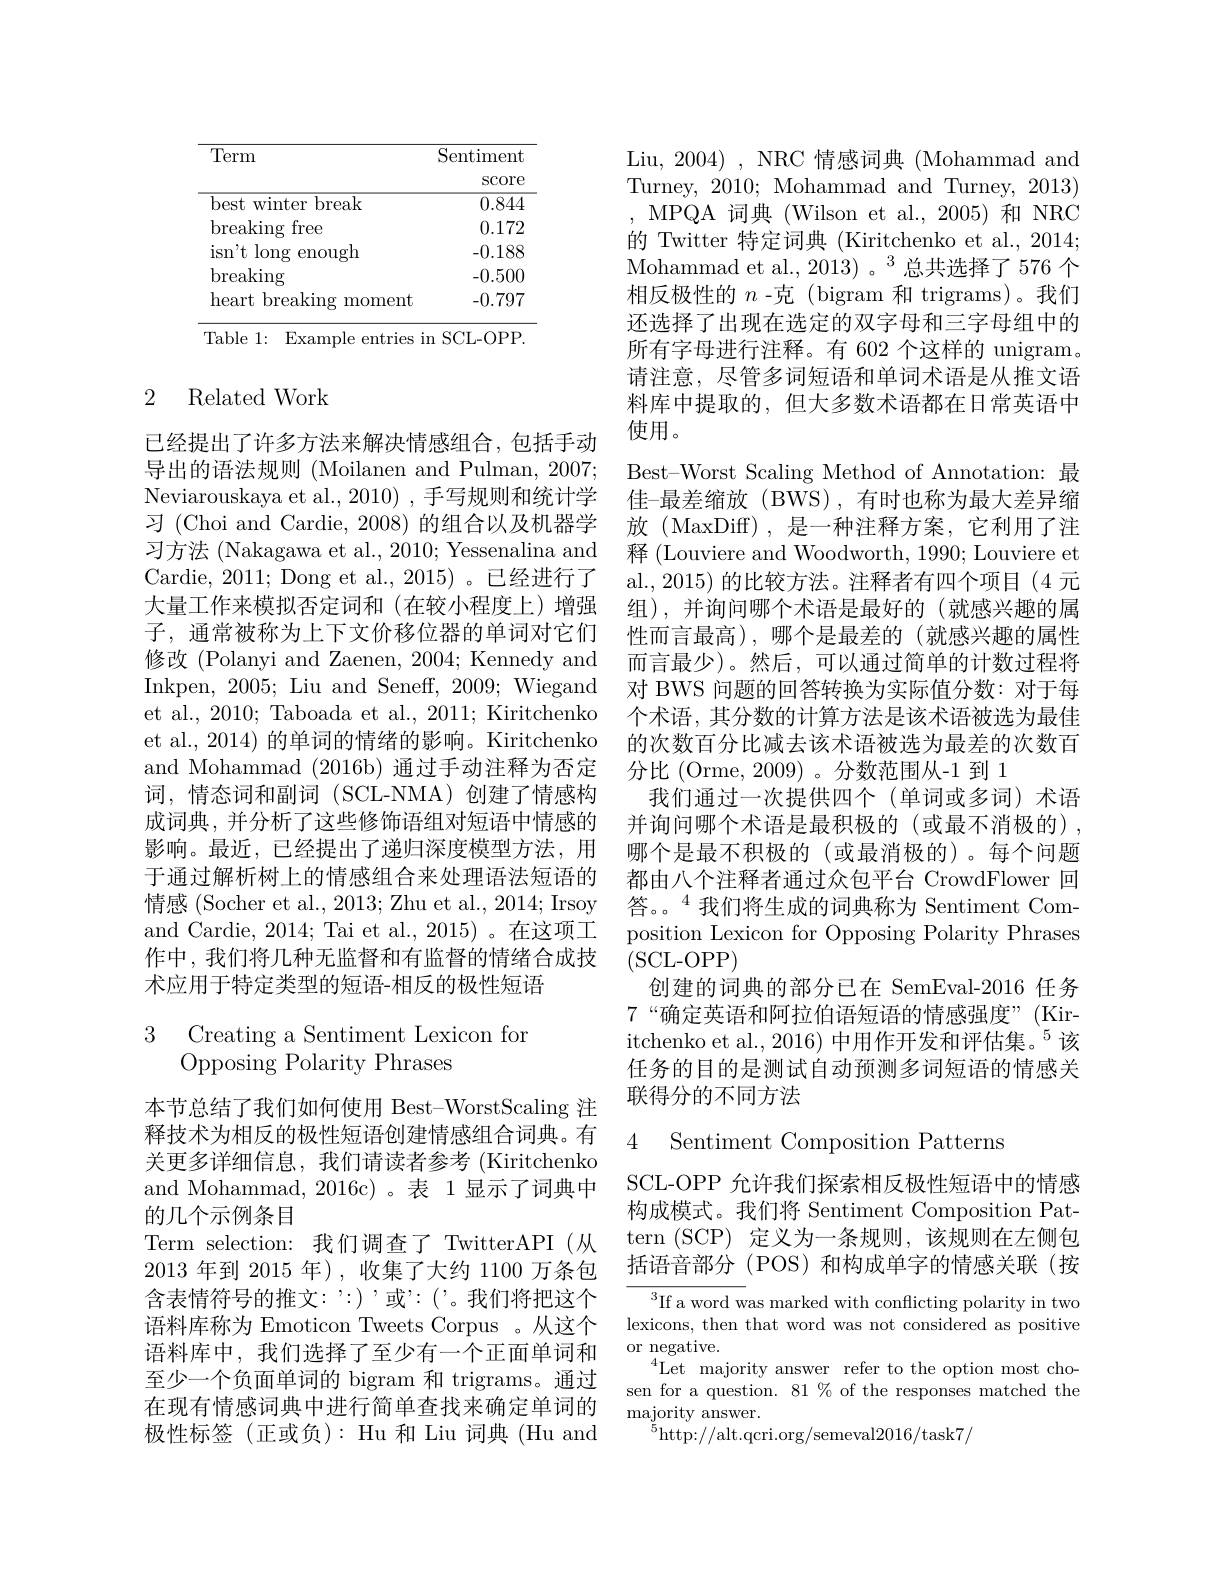
<table>
	<tbody>
		<tr>
			<th rowspan="1">Term</th>
			<th>Sentiment</th>
		</tr>
		<tr>
			<td>best winter break</td>
			<td>0.844</td>
		</tr>
		<tr>
			<td>breaking free</td>
			<td>0.172</td>
		</tr>
		<tr>
			<td>$\operatorname{isn't}\operatorname{long}$ enough</td>
			<td>-0.188</td>
		</tr>
		<tr>
			<td>breaking</td>
			<td>-0.500</td>
		</tr>
		<tr>
			<td>heart breaking moment 1</td>
			<td>-0.797</td>
		</tr>
	</tbody>
</table>

## 2 Related Work

已经提出了许多方法来解决情感组合，包括手动词，情态词和副词(SCL-NMA)创建了情感构术应用于特定类型的短语-相反的极性短语

# 3 Creating a Sentiment Lexicon for Opposing Polarity Phrases

本节总结了我们如何使用 Best-WorstScaling 注释技术为相反的极性短语创建情感组合词典。有关更多详细信息，我们请读者参考(Kiritchenko and Mohammad, 2016c)。表 1 显示了词典中的几个示例条目
Term selection: 我们调查了 TwitterAPI(从2013年到 2015 年),收集了大约 1100 万条包含表情符号的推文：':)'或”:('。我们将把这个语料库称为 Emoticon Tweets Corpus 。从这个语料库中，我们选择了至少有一个正面单词和至少一个负面单词的 bigram 和 trigrams。通过在现有情感词典中进行简单查找来确定单词的极性标签(正或负): Hu 和 Liu 词典 (Hu and

Liu, 2004) , NRC 情感词典 (Mohammad and Turney, 2010; Mohammad and Turney, 2013) , MPQA 词典 (Wilson et al., 2005)和 NRC 的 Twitter 特定词典 (Kiritchenko et al., 2014; Mohammad et al., 2013)。$^{3}$总共选择了 576 个相反极性的$n$ -克(bigram 和 trigrams)。我们还选择了出现在选定的双字母和三字母组中的所有字母进行注释。有 602 个这样的 unigram。请注意，尽管多词短语和单词术语是从推文语料库中提取的，但大多数术语都在日常英语中使用。

导出的语法规则 (Moilanen and Pulman, 2007; Best-Worst Scaling Method of Annotation: 最Neviarouskaya et al., 2010) ,手写规则和统计学 佳-最差缩放 (BWS),有时也称为最大差异缩习 (Choi and Cardie, 2008)的组合以及机器学 放 (MaxDiff),是一种注释方案，它利用了注习方法 (Nakagawa et al., 2010; Yessenalina and 释 (Louviere and Woodworth, 1990; Louviere et Cardie, 2011; Dong et al., 2015) 。已经进行了 al., 2015) 的比较方法。注释者有四个项目 (4 元大量工作来模拟否定词和 (在较小程度上)增强 组),并询问哪个术语是最好的 (就感兴趣的属子，通常被称为上下文价移位器的单词对它们 性而言最高),哪个是最差的(就感兴趣的属性修改 (Polanyi and Zaenen, 2004; Kennedy and 而言最少)。然后，可以通过简单的计数过程将Inkpen, 2005; Liu and Seneff, 2009; Wiegand 对 BWS 问题的回答转换为实际值分数：对于每et al., 2010; Taboada et al., 2011; Kiritchenko 个术语，其分数的计算方法是该术语被选为最佳et al., 2014) 的单词的情绪的影响。Kiritchenko 的次数百分比减去该术语被选为最差的次数百and Mohammad (2016b)通过手动注释为否定 分比 (Orme, 2009)。分数范围从-1 到 1
我们通过一次提供四个(单词或多词)术语
成词典，并分析了这些修饰语组对短语中情感的 并询问哪个术语是最积极的(或最不消极的), 影响。最近，已经提出了递归深度模型方法，用 哪个是最不积极的(或最消极的)。每个问题于通过解析树上的情感组合来处理语法短语的 都由八个注释者通过众包平台 CrowdFlower 回情感 (Socher et al., 2013; Zhu et al., 2014; Irsoy 答。。$^{4}$我们将生成的词典称为 Sentiment Comand Cardie, 2014; Tai et al., 2015) 。在这项工 position Lexicon for Opposing Polarity Phrases 作中，我们将几种无监督和有监督的情绪合成技(SCL-OPP)
创建的词典的部分已在 SemEval-2016 任务7“确定英语和阿拉伯语短语的情感强度”(Kiritchenko et al., 2016) 中用作开发和评估集。$^{5}$该任务的目的是测试自动预测多词短语的情感关联得分的不同方法

4 Sentiment Composition Patterns

SCL-OPP 允许我们探索相反极性短语中的情感构成模式。我们将 Sentiment Composition Pattern (SCP) 定义为一条规则，该规则在左侧包括语音部分 (POS) 和构成单字的情感关联(按

$^3$If a word was marked with conflicting polarity in two lexicons, then that word was not considered as positive or negative.
$^4$Let majority answer refer to the option most chosen for a question. 81 % of the responses matched the majority answer.
$^{5}$http://alt.qcri.org/semeval2016/task7/